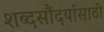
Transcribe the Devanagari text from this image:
शब्दसौंदर्यासाठी